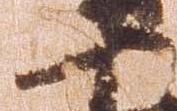
十